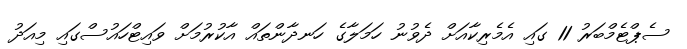
ސެޕްޓެމްބަރު 11 ގައި އެމެރިކާއަށް ދެވުނު ހަމަލާގެ ހަނދާންތައް އާކުރުމަށް ވައިޓްހައުސްގައި މިއަދު